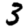
Digit: 3